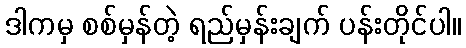
ဒါကမှ စစ်မှန်တဲ့ ရည်မှန်းချက် ပန်းတိုင်ပါ။